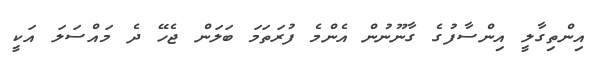
އިންތިގާލީ އިންސާފުގެ ގާނޫނުން އެންމެ ފުރަތަމަ ބަލަން ޖެހޭ ދެ މައްސަލަ އަކީ